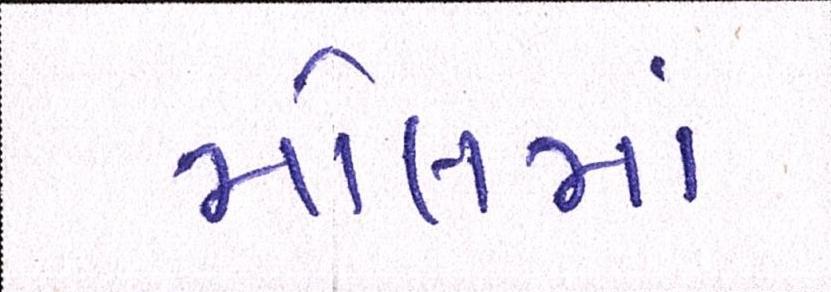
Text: મોલમાં